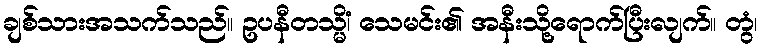
ချစ်သားအသက်သည်။ ဥပနီတသ္မိံ၊ သေမင်း၏ အနီးသို့ရောက်ပြီးလျက်။ တွံ၊